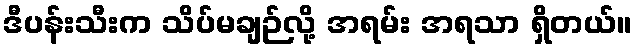
ဒီပန်းသီးက သိပ်မချဉ်လို့ အရမ်း အရသာ ရှိတယ်။